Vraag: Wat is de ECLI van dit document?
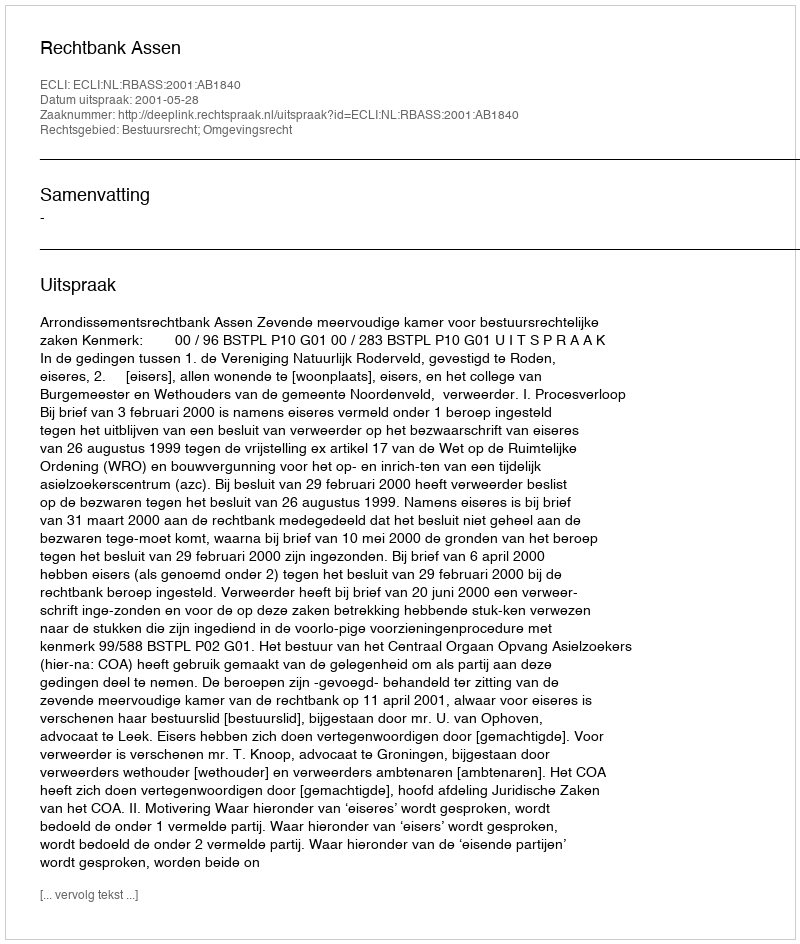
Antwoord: ECLI:NL:RBASS:2001:AB1840